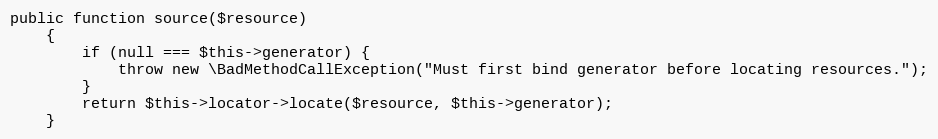
Language: PHP
public function source($resource)
    {
        if (null === $this->generator) {
            throw new \BadMethodCallException("Must first bind generator before locating resources.");
        }
        return $this->locator->locate($resource, $this->generator);
    }